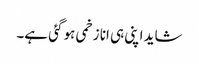
شاید اپنی ہی انا زخمی ہو گئی ہے۔